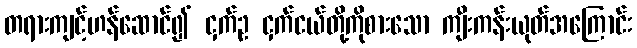
တရားကျင့်ဟန်ဆောင်၍ ငှက်ဥ ငှက်ငယ်တို့ကိုစားသော ကျီးကန်းယုတ်အကြောင်း